Report of the Bombay Veterinary College
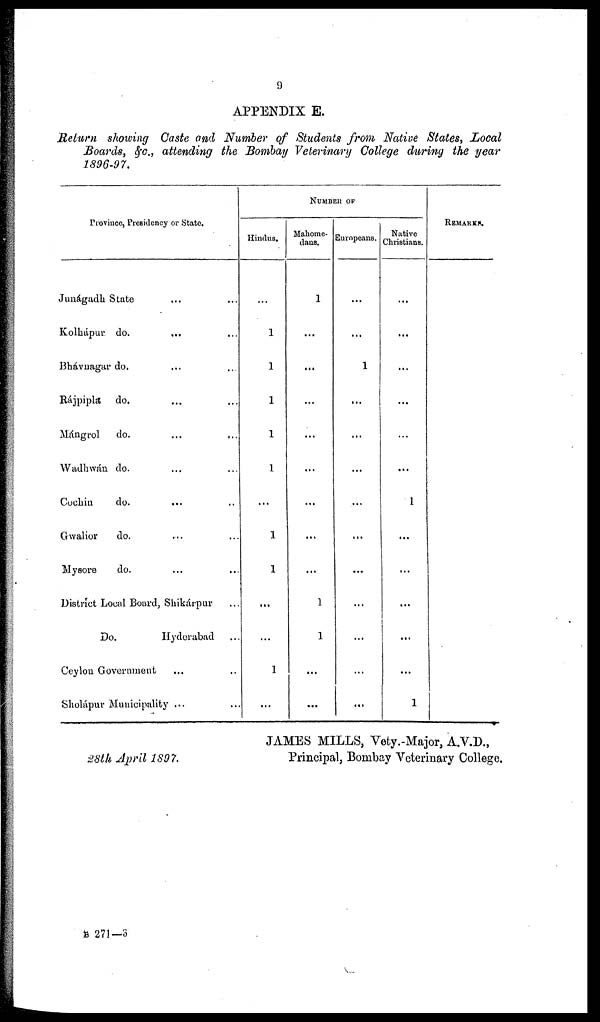
9
APPENDIX E.
Return showing Caste and Number of Students from Native States, Local
Boards, &c., attending the Bombay Veterinary College during the year
1896-97.
Province, Presidency or State.
Junágadh State ... ...
Kolhápur. do. ... ...
Bhávnagar do. ... ...
Rájpipla do. ... ...
Mángrol
do. ... ...
Wadhwán do. ... ...
Cochin
do.
... ...
Gwalior
do. ... ...
Mysore
do. ... ...
District Local Board, Shikárpur ...
Do.
Hyderabad ...
Ceylon Government ... ...
Sholápur Municipality ... ...
Hindus.
...
1
1
1
1
1
...
1
1
...
...
1
...
NUMBER OF
Mahome-
dans.
1
...
...
...
...
...
...
...
...
1
1
...
...
Europeans.
...
...
1
.....
...
...
...
...
...
...
...
...
...
Native
Christians.
...
...
...
...
...
...
1
...
...
...
...
...
1
REMARKS.
JAMES MILLS, Vety.-Major, A.V.D.,
28th April 1897.
Principal, Bombay Veterinary College.
B 271-3